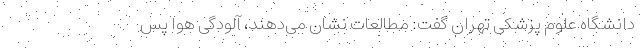
دانشگاه علوم پزشکی تهران گفت: مطالعات نشان می‌دهند، آلودگی هوا پس